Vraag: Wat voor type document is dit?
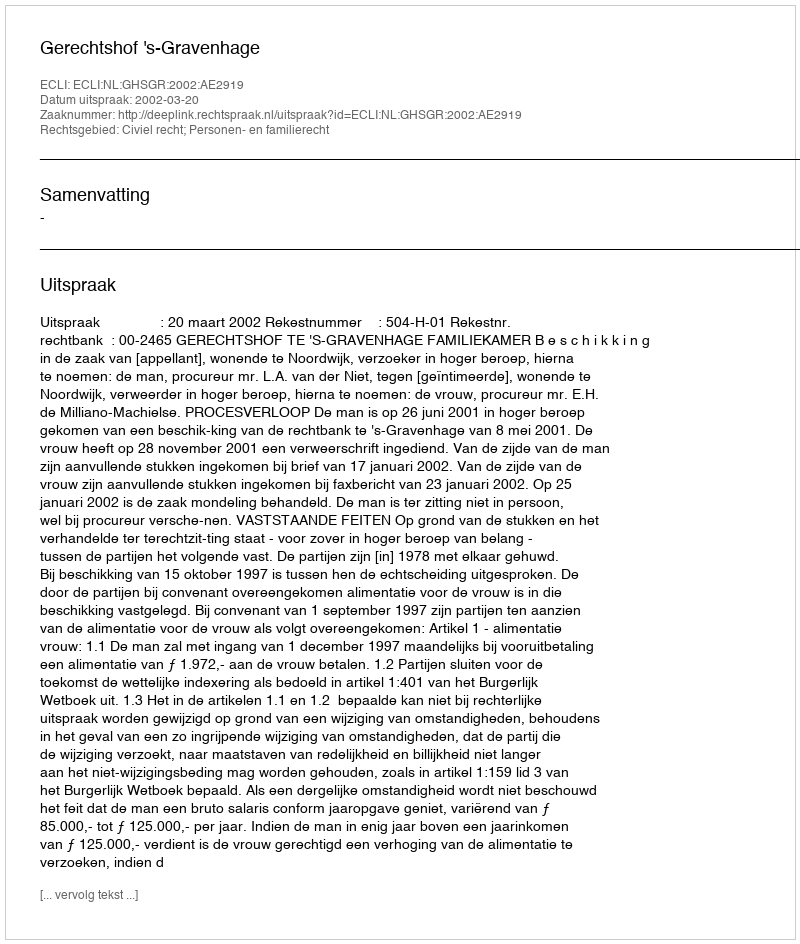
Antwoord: Uitspraak